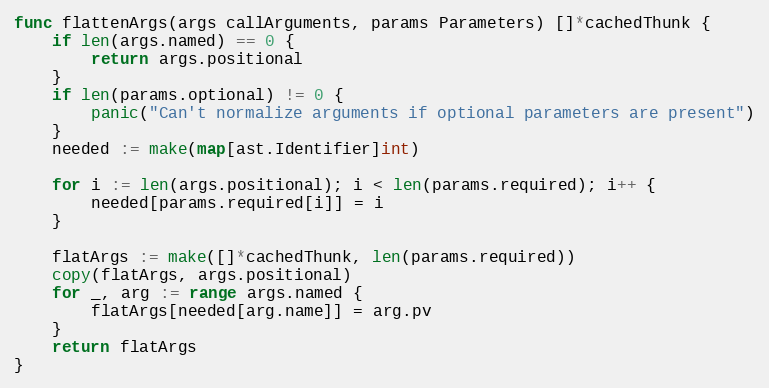
Language: Go
func flattenArgs(args callArguments, params Parameters) []*cachedThunk {
	if len(args.named) == 0 {
		return args.positional
	}
	if len(params.optional) != 0 {
		panic("Can't normalize arguments if optional parameters are present")
	}
	needed := make(map[ast.Identifier]int)

	for i := len(args.positional); i < len(params.required); i++ {
		needed[params.required[i]] = i
	}

	flatArgs := make([]*cachedThunk, len(params.required))
	copy(flatArgs, args.positional)
	for _, arg := range args.named {
		flatArgs[needed[arg.name]] = arg.pv
	}
	return flatArgs
}